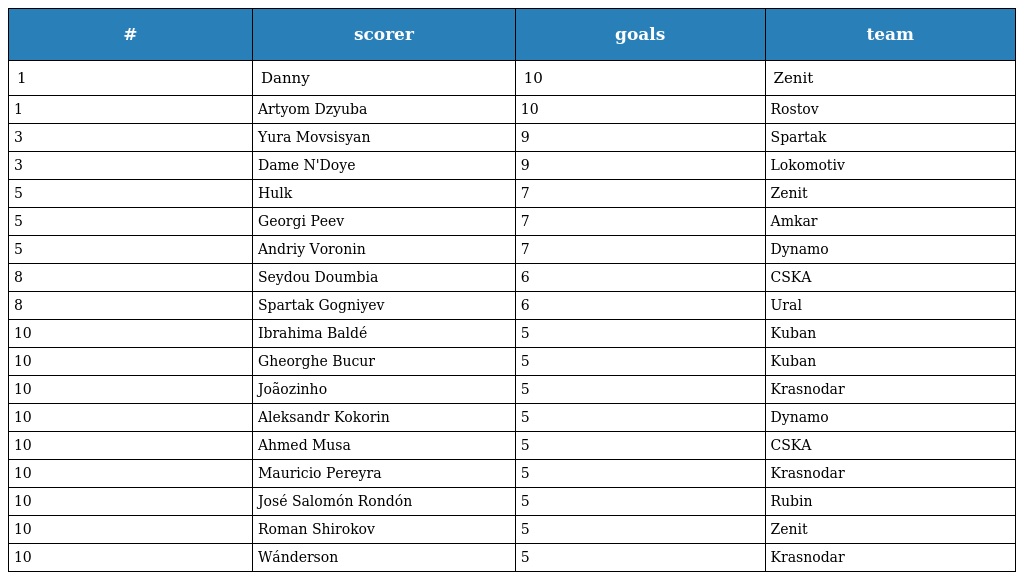
| # | scorer | goals | team |
 | --- | --- | --- | --- |
 | 1 | Danny | 10 | Zenit |
 | 1 | Artyom Dzyuba | 10 | Rostov |
 | 3 | Yura Movsisyan | 9 | Spartak |
 | 3 | Dame N'Doye | 9 | Lokomotiv |
 | 5 | Hulk | 7 | Zenit |
 | 5 | Georgi Peev | 7 | Amkar |
 | 5 | Andriy Voronin | 7 | Dynamo |
 | 8 | Seydou Doumbia | 6 | CSKA |
 | 8 | Spartak Gogniyev | 6 | Ural |
 | 10 | Ibrahima Baldé | 5 | Kuban |
 | 10 | Gheorghe Bucur | 5 | Kuban |
 | 10 | Joãozinho | 5 | Krasnodar |
 | 10 | Aleksandr Kokorin | 5 | Dynamo |
 | 10 | Ahmed Musa | 5 | CSKA |
 | 10 | Mauricio Pereyra | 5 | Krasnodar |
 | 10 | José Salomón Rondón | 5 | Rubin |
 | 10 | Roman Shirokov | 5 | Zenit |
 | 10 | Wánderson | 5 | Krasnodar |